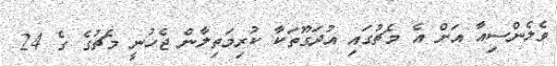
ވެލެންސިއާ އަށް އެ މެޗުގައި އުދަގޫތަކާ ކުރިމަތިލާން ޖެހުނީ މެޗުގެ ގެ 24